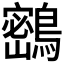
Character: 𪅮